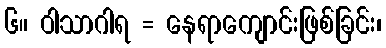
၆။ ဝါသာဂါရ = နေရာကျောင်းဖြစ်ခြင်း၊